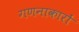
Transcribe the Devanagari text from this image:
गणनाकारों